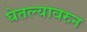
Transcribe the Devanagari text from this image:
घेतल्यावरुन